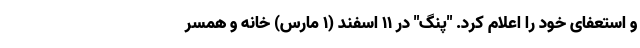
و استعفای خود را اعلام کرد. "پنگ" در 11 اسفند (1 مارس) خانه و همسر